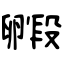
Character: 毈